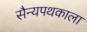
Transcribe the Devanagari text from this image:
सैन्यपथकाला